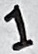
Text: 1